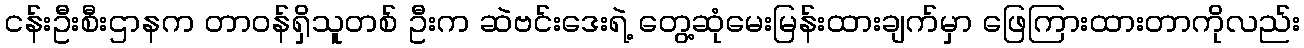
ငန်းဦးစီးဌာနက တာဝန်ရှိသူတစ် ဦးက ဆဲဗင်းဒေးရဲ့ တွေ့ဆုံမေးမြန်းထားချက်မှာ ဖြေကြားထားတာကိုလည်း